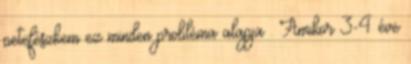
petefészkem ez minden probléma alapja . Amikor 3-4 éve